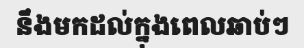
នឹងមកដល់ក្នុងពេលឆាប់ៗ